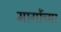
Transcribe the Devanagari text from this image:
मागोंच्या